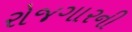
રોજગારની